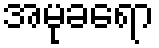
အမုခရော